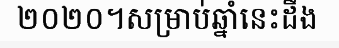
២០២០។សម្រាប់ឆ្នាំនេះដឹង